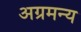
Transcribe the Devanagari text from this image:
अग्रमन्य